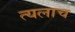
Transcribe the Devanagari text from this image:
त्यलाच